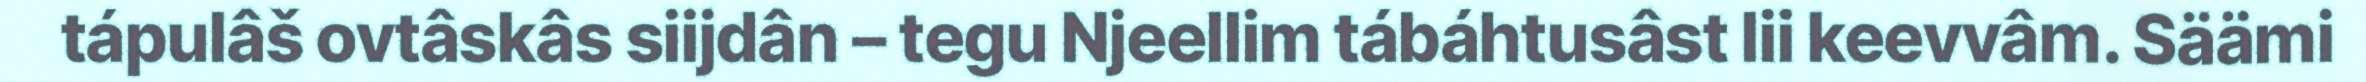
tápulâš ovtâskâs siijdân – tegu Njeellim tábáhtusâst lii keevvâm. Säämi